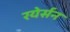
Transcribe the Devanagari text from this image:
रयेर्सन